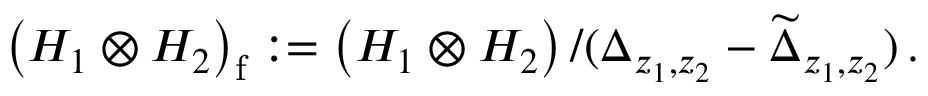
\left( { \cal H } _ { 1 } \otimes { \cal H } _ { 2 } \right) _ { \mathrm f } : = \left( { \cal H } _ { 1 } \otimes { \cal H } _ { 2 } \right) / ( \Delta _ { z _ { 1 } , z _ { 2 } } - \widetilde { \Delta } _ { z _ { 1 } , z _ { 2 } } ) \, .